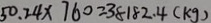
5 0 . 2 4 \times 7 6 0 = 3 8 1 8 2 . 4 ( k g )